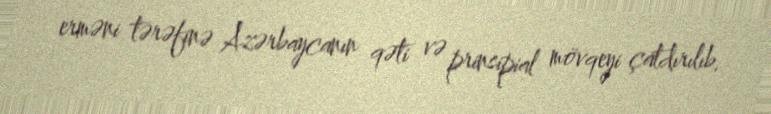
erməni tərəfinə Azərbaycanın qəti və prinsipial mövqeyi çatdırılıb.